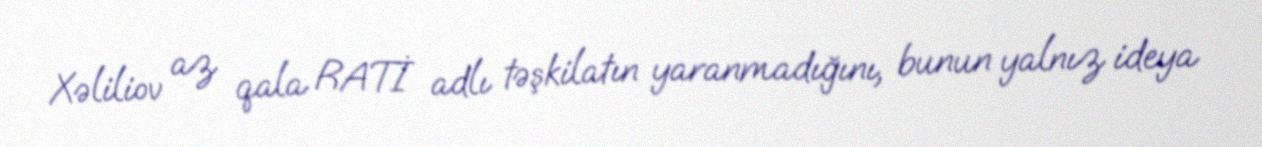
Xəliliov az qala RATİ adlı təşkilatın yaranmadığını, bunun yalnız ideya